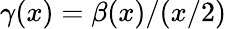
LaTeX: \gamma(x)=\beta(x)/(x/2)